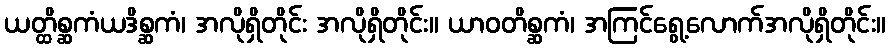
ယတ္ထိစ္ဆကံယဒိစ္ဆကံ၊ အလိုရှိတိုင်း အလိုရှိတိုင်း။ ယာဝတိစ္ဆကံ၊ အကြင်ရွေ့လောက်အလိုရှိတိုင်း။